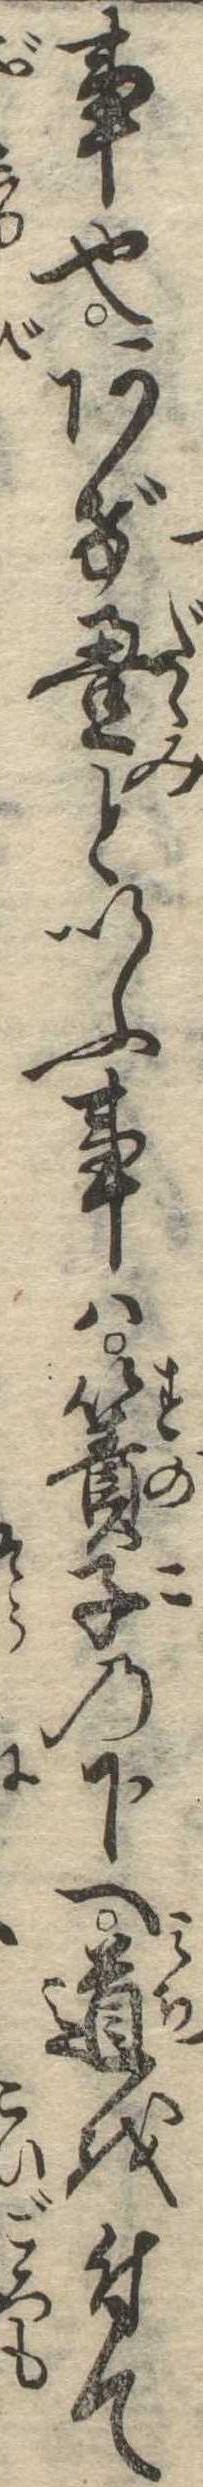
事也あげ畳といふ事は簀子の下へ道を付て